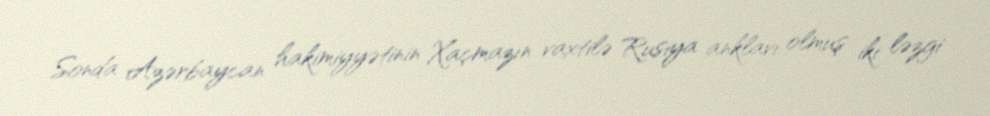
Sonda Azərbaycan hakimiyyətinin Xaçmazın vaxtilə Rusiya anklavı olmuş iki ləzgi